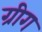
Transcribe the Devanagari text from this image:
ग्रीग